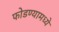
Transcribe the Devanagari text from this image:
फोडण्यामध्ये